Indian journal of veterinary science and animal husbandry - Volume 13,
Year: 1943
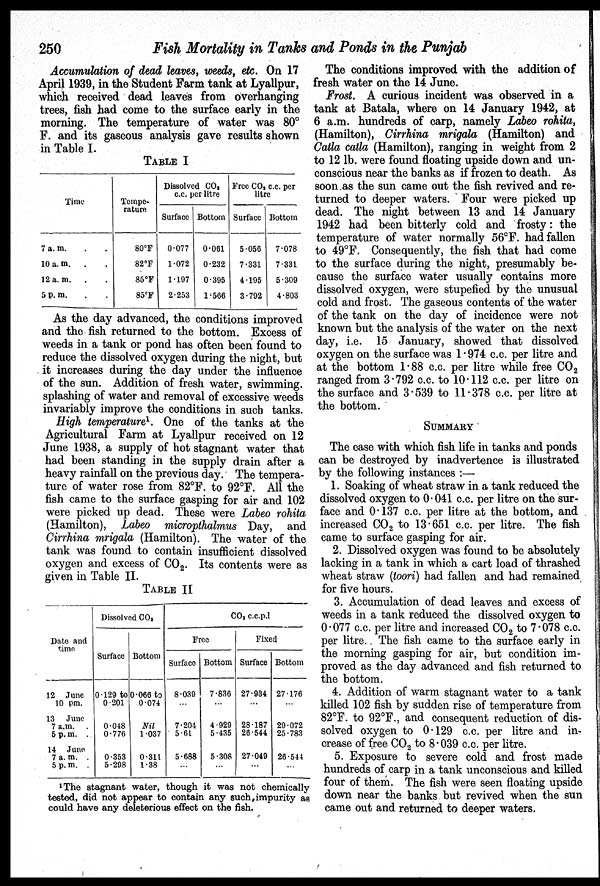
250
Fish Mortality in Tanks and Ponds in the Punjab
Accumulation of dead leaves, weeds, etc. On 17
April 1939, in the Student Farm tank at Lyallpur,
which received dead leaves from overhanging
trees, fish had come to the surface early in the
morning. The temperature of water was 80°
F. and its gaseous analysis gave results shown
in Table I.
TABLE I
Time
7 a. m.
10 a. m.
12 a. m.
5 P. m.
Tempe-
rature
80°F
82°F
85°F
85°F
Dissolved CO 2
c.c. per litre
Surface
0.077
1.072
1.197
2.253
Bottom
0.061
0.232
0.395
1.566
Free CO 2 c.c. per
litre
Surface
5.056
7.331
4.195
3.792
Bottom
7-078
7.331
5.309
4.803
As the day advanced, the conditions improved
and the fish returned to the bottom. Excess of
weeds in a tank or pond has often been found to
reduce the dissolved oxygen during the night, but
it increases during the day under the influence
of the sun. Addition of fresh water, swimming.
splashing of water and removal of excessive weeds
invariably improve the conditions in such tanks.
High temperature 1 . One of the tanks at the
Agricultural Farm at Lyallpur received on 12
June 1938, a supply of hot stagnant water that
had been standing in the supply drain after a
heavy rainfall on the previous day. The tempera-
ture of water rose from 82°F. to 92°F. All the
fish came to the surface gasping for air and 102
were picked up dead. These were Labeo rohita
(Hamilton), Labeo micropthalmus Day, and
Cirrhina mrigala (Hamilton). The water of the
tank was found to contain insufficient dissolved
oxygen and excess of CO 2 . Its contents were as
given in Table II.
TABLE II
Date and
time
12 June
10 pm.
13 June
7 a.m.
5 p. m. .
14 June
7 a. m. .
5 p. m. .
Dissolved CO 2
Surface
0129 to
0.201
0.048
0.776
0.353
5.298
Bottom
0.066 to
0.074
Nil
1.037
0.311
1.38
CO 2 c.c.p.l
Free
Surface
8.039
...
7.204
5.61
5.688
...
Bottom
7.836
...
4.929
5.435
5.308
...
Fixed
Surface
27.934
...
28.187
26.544
27.049
...
Bottom
27.176
...
29.072
25.783
26.544
...
1 The stagnant water, though it was not chemically
tested, did not appear to contain any such,impurity as
could have any deleterious effect on the fish.
The conditions improved with the addition of
fresh water on the 14 June.
Frost. A curious incident was observed in a
tank at Batala, where on 14 January 1942, at
6 a.m. hundreds of carp, namely Labeo rohita,
(Hamilton), Cirrhina mrigala (Hamilton) and
Catla catla (Hamilton), ranging in weight from 2
to 12 lb. were found floating upside down and un-
conscious near the banks as if frozen to death. As
soon as the sun came out the fish revived and re-
turned to deeper waters. Four were picked up
dead. The night between 13 and 14 January
1942 had been bitterly cold and frosty: the
temperature of water normally 56°F. had fallen
to 49°F. Consequently, the fish that had come
to the surface during the night, presumably be-
cause the surface water usually contains more
dissolved oxygen, were stupefied by the unusual
cold and frost. The gaseous contents of the water
of the tank on the day of incidence were not
known but the analysis of the water on the next
day, i.e. 15 January, showed that dissolved
oxygen on the surface was 1.974 c.c. per litre and
at the bottom 1.88 c.c. per litre while free CO 2
ranged from 3.792 c.c. to 10.112 c.c. per litre on
the surface and 3.539 to 11.378 c.c. per litre at
the bottom.
SUMMARY
The ease with which fish life in tanks and ponds
can be destroyed by inadvertence is illustrated
by the following instances :—
1. Soaking of wheat straw in a tank reduced the
dissolved oxygen to 0.041 c.c. per litre on the sur-
face and 0.137 c.c. per litre at the bottom, and
increased CO 2 to 13.651 c.c. per litre. The fish
came to surface gasping for air.
2. Dissolved oxygen was found to be absolutely
lacking in a tank in which a cart load of thrashed
wheat straw (toori) had fallen and had remained
for five hours.
3. Accumulation of dead leaves and excess of
weeds in a tank reduced the dissolved oxygen to
0.077 c.c. per litre and increased CO 2 to 7.078 c.c.
per litre. The fish came to the surface early in
the morning gasping for air, but condition im-
proved as the day advanced and fish returned to
the bottom.
4. Addition of warm stagnant water to a tank
killed 102 fish by sudden rise of temperature from
82°F. to 92°F., and consequent reduction of dis-
solved oxygen to 0.129 c.c. per litre and in-
crease of free CO 2 to 8.039 c.c. per litre.
5. Exposure to severe cold and frost made
hundreds of carp in a tank unconscious and killed
four of them. The fish were seen floating upside
down near the banks but revived when the sun
came out and returned to deeper waters.